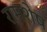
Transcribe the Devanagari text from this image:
रामशेष